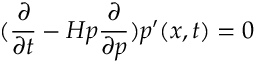
( \frac { \partial } { \partial t } - H { p } \frac { \partial } { \partial p } ) { p ^ { \prime } } ( x , t ) = 0